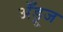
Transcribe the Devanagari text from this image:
अँड्रूज